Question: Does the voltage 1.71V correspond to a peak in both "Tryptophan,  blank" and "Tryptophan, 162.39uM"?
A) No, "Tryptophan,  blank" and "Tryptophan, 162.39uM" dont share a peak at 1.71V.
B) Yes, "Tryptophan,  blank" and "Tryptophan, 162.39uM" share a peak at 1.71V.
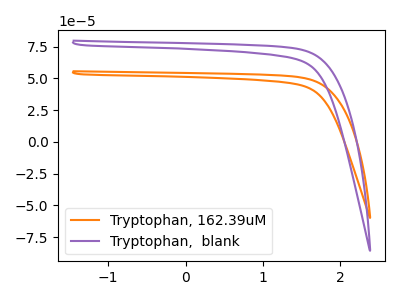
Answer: <think>The orange curve "Tryptophan, 162.39uM" has no peaks. The purple curve "Tryptophan,  blank" has no peaks.</think>
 <answer>A) No, "Tryptophan,  blank" and "Tryptophan, 162.39uM" dont share a peak at 1.71V.</answer>
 <eval>A</eval>